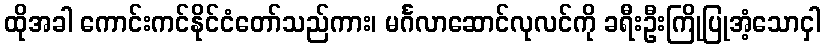
ထိုအခါ ကောင်းကင်နိုင်ငံတော်သည်ကား၊ မင်္ဂလာဆောင်လုလင်ကို ခရီးဦးကြိုပြုအံ့သောငှါ